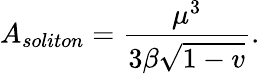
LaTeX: A_{soliton}=\frac{\mu^{3}}{3\beta\sqrt{1-v}}.